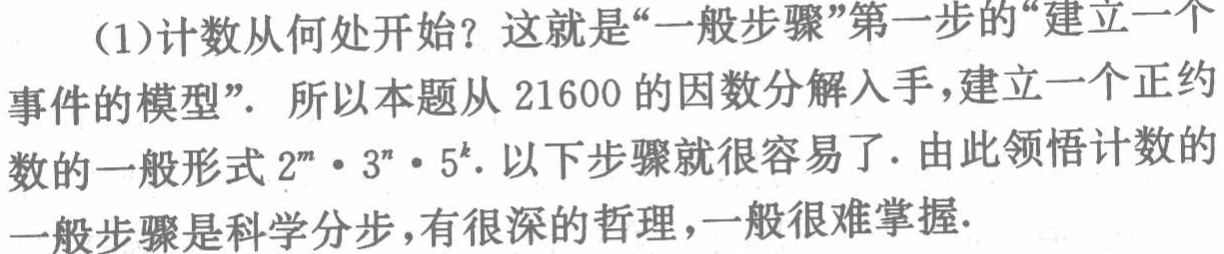
(1)计数从何处开始？这就是“一般步骤”第一步的“建立一个
事件的模型”。所以本题从 \(21600\) 的因数分解入手，建立一个正约
数的一般形式 \(2^{m}\cdot 3^{n}\cdot 5^{k}\)。以下步骤就很容易了。由此领悟计数的
一般步骤是科学分步，有很深的哲理，一般很难掌握。